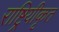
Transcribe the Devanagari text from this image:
राष्ट्रियीकृत